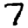
Digit: 7